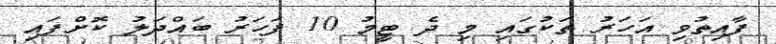
ފާއިތުވި އަހަރު ތަކުގައި މި ދެ ޓީމު 10 ފަހަރު ބައްދަލު ކޮށްފައި